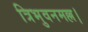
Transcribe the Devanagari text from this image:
त्रिभुवनमल्ल।